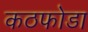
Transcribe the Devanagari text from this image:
कठफोडा